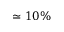
\simeq 1 0 \%